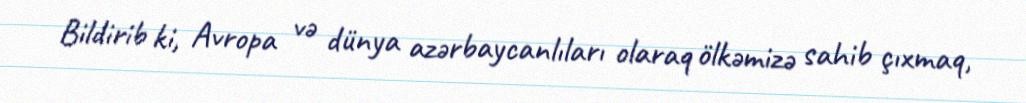
Bildirib ki, Avropa və dünya azərbaycanlıları olaraq ölkəmizə sahib çıxmaq,